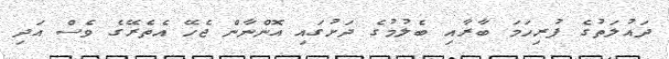
ދައުލަތުގެ ފުރިހަމަ ބާރާއި ބެލުމުގެ ދަށުގައި އޮންނާން ޖެހޭ އެތެރޭގެ ވެސް އަދި